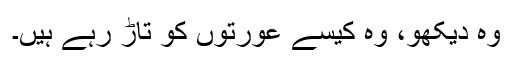
وہ دیکھو، وہ کیسے عورتوں کو تاڑ رہے ہیں۔